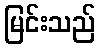
မြင်းသည်